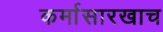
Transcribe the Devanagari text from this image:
कर्मासारखाच